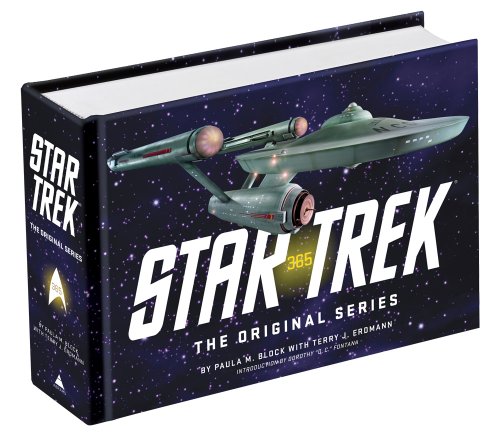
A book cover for Star Trek: The Original Series 365; Paula Block; Humor & Entertainment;